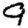
Digit: 9